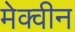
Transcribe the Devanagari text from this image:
मेक्वीन